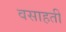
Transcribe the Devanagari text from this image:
वसाहतीं